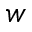
{ w }